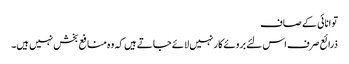
توانائی کے صاف
ذرائع صرف اس لئے بروئے کار نہیں لائے جاتے ہیں کہ وہ منافع بخش نہیں ہیں۔